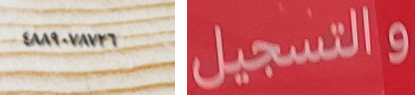
٤٨٨٩٠٧٨٧٢٦ والتسجيل